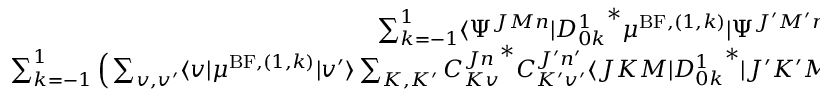
\begin{array} { r } { \sum _ { k = - 1 } ^ { 1 } \langle \Psi ^ { J M n } \vert { D _ { 0 k } ^ { 1 } } ^ { * } \mu ^ { \mathrm { B F } , ( 1 , k ) } \vert \Psi ^ { J ^ { \prime } M ^ { \prime } n ^ { \prime } } \rangle = } \\ { \sum _ { k = - 1 } ^ { 1 } \Big ( \sum _ { v , v ^ { \prime } } \langle v \vert \mu ^ { \mathrm { B F } , ( 1 , k ) } \vert v ^ { \prime } \rangle \sum _ { K , K ^ { \prime } } { C _ { K v } ^ { J n } } ^ { * } C _ { K ^ { \prime } v ^ { \prime } } ^ { J ^ { \prime } n ^ { \prime } } \langle J K M \vert { D _ { 0 k } ^ { 1 } } ^ { * } \vert J ^ { \prime } K ^ { \prime } M ^ { \prime } \rangle \Big ) , } \end{array}